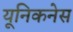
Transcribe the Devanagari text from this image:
यूनिकनेस